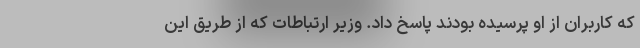
که کاربران از او پرسیده بودند پاسخ داد. وزیر ارتباطات که از طریق این